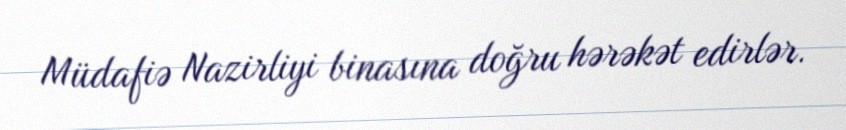
Müdafiə Nazirliyi binasına doğru hərəkət edirlər.